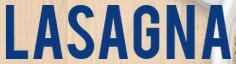
LASAGNA